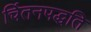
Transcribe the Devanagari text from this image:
चिंतनपद्धति